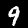
Digit: 9